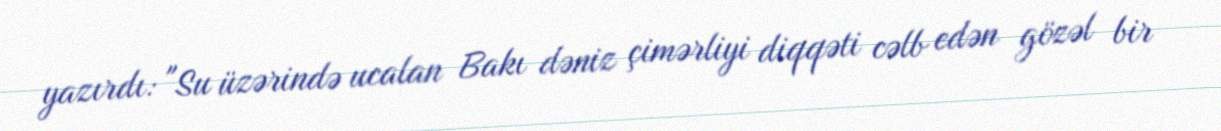
yazırdı: "Su üzərində ucalan Bakı dəniz çimərliyi diqqəti cəlb edən gözəl bir